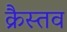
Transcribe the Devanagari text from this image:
क्रैस्तव